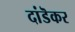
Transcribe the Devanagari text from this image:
दांडॆकर